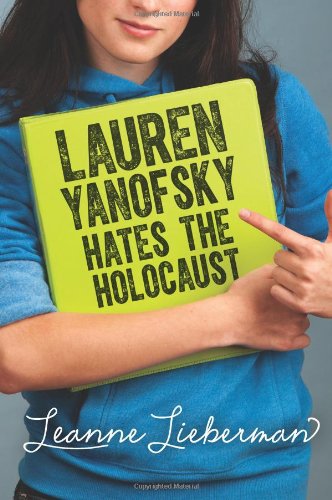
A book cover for Lauren Yanofsky Hates the Holocaust; Leanne Lieberman; Teen & Young Adult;